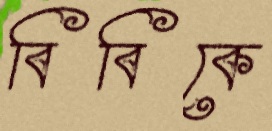
বিবিকে